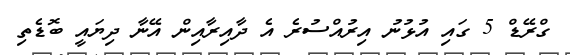
ގްރޭޑް 5 ގައި އުޅުނު އިރުއްސުރެ އެ ދާއިރާއިން އޭނާ ދިޔައީ ބޮޑެތި